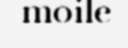
moile